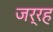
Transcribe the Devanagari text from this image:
जर्रह